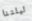
ليلتنا